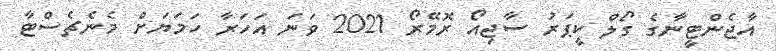
އާޖެންޓީނާގެ ގޯލް ކީޕަރު ސާޖިއޯ ރޮމޭރޯ 2021 ވަނަ އަހަރާ ހަމަޔަށް މެނެޗެސްޓާ